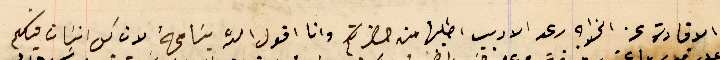
الافادة عن الخواجه رعد الاديب اطلبها من حضرتكم وانا اقول الله يسَامحهُ لان كل انسَان فيكم